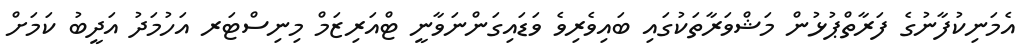
އެމަނިކުފާނުގެ ފަރާތްޕުޅުން މަޝްވަރާތަކުގައި ބައިވެރިވެ ވަޑައިގަންނަވާނީ ޓްއަރިޒަމް މިނިސްޓަރ އަހުމަދު އަދީބު ކަމަށް